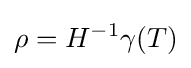
\rho =H^{-1}\gamma (T)